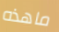
ماهذه